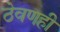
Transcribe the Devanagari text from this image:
ठेवणही